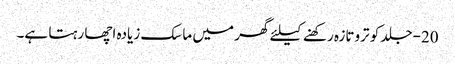
20-جلد کو تروتازہ رکھنے کیلئے گھر میں ماسک زیادہ اچھا رہتا ہے۔